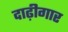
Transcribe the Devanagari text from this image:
दाढ़ीगार